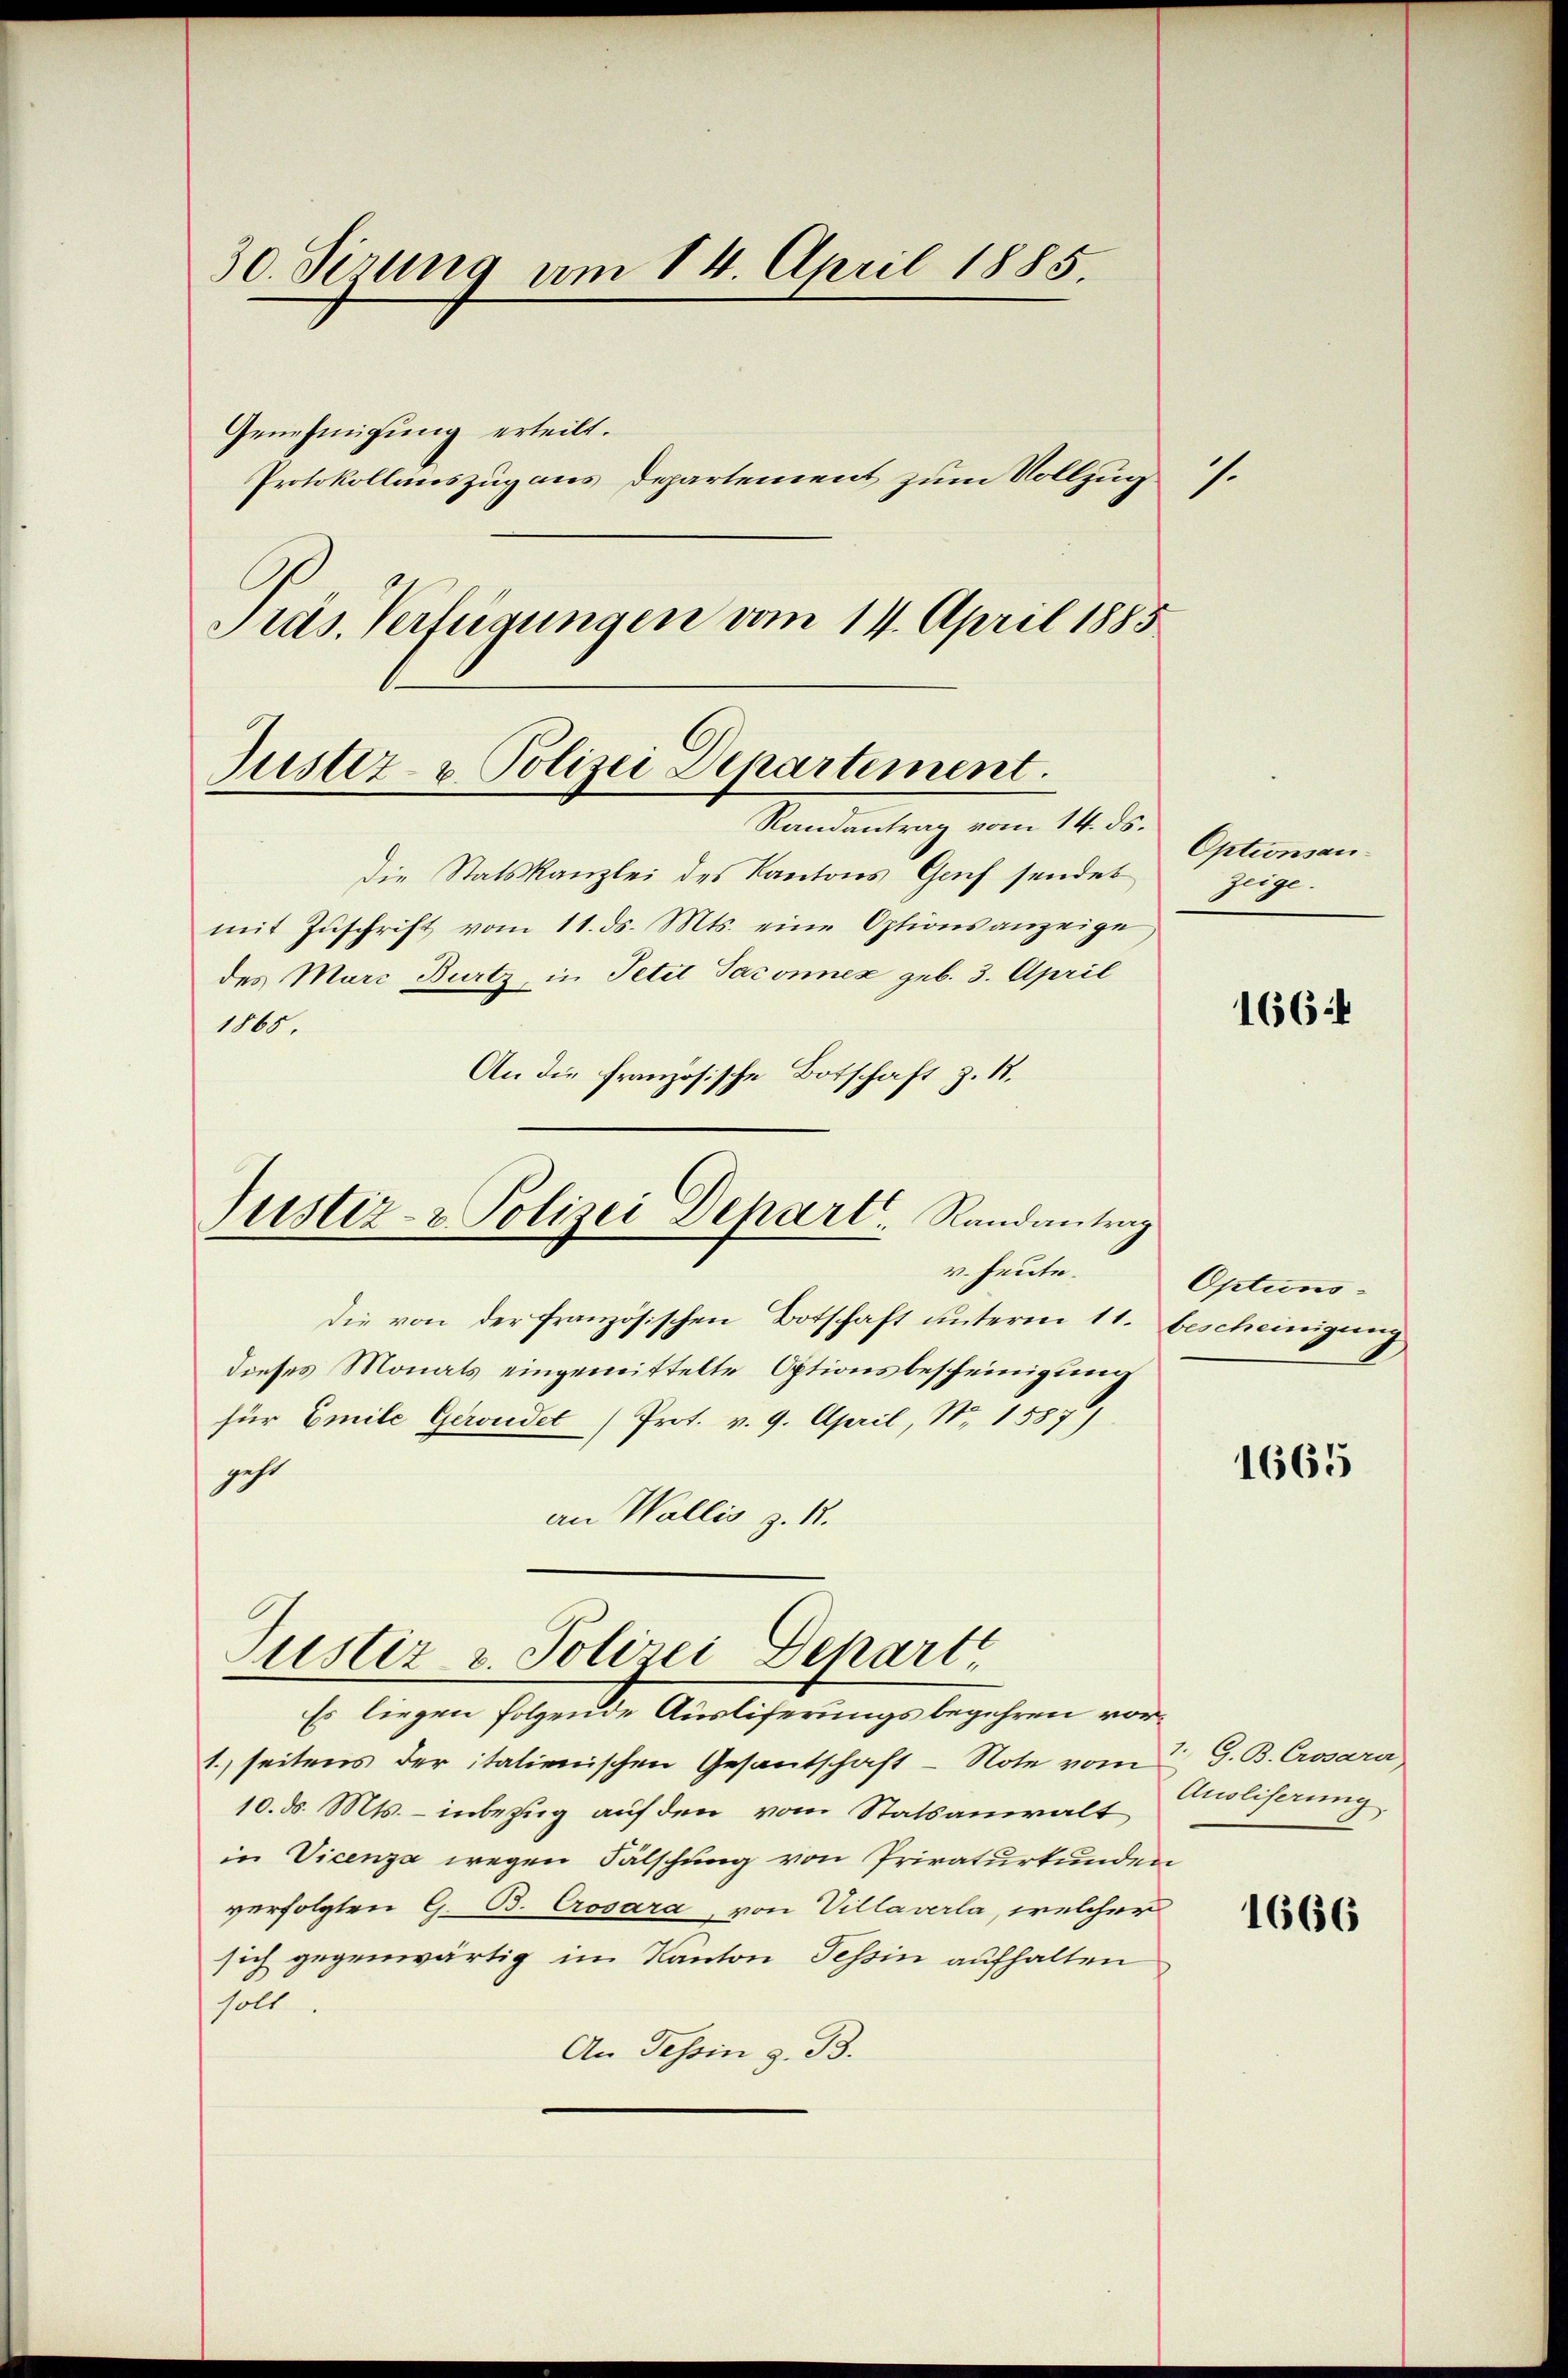
30. Sizung am 14. April 1885.
Genehmigung erteilt.
Protokollauszug aus Departement zum Vollzug
f.
Präs. Verfügungen vom 14. April 1885

Justiz- u Polizei Departement.
Randantrag vom 14. ds.

Justiz- & Polizei Depart. Randantrag
v. heute.

Die Statskanzlei des Kantons Genf sendet
mit Zŭschrift vom 11. ds. Mts. eine Optionsanzeige
des Marc Burtz in Petit Jaconnex geb. 3. April
1865.
An die Französische Botschaft z. 18.
die von der französischen Botschaft unterm 11.
dieses Monats eingemittelte Optionsbescheinigung
für Emile Geredet (Prot. v. 9. April, Nr. 1587/
geht
an Wallis z. R.
Justiz v. Polizei Depart
Es liegen folgende Ausliferungsbegehren vor¬
1. seitens der italienischen Gesantschaft - Note vom
10. d. Mts. - inbezug auf den vom Statsanwalt
in Vicenza wegen Fälschung von Privaturkunden
verfolgten G. B. Crosara, von Villaverla, welcher
sich gegenwärtig im Kanton Tessin aufhalten
soll.
An Tessin z. B.

Optionsanzeige.

e

1664

Optionsbescheinigung

1665

1. G. B. Crosara
Auoliserung

1666